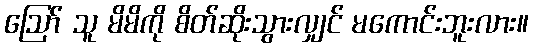
ဪ သူ မိမိကို စိတ်ဆိုးသွားလျှင် မကောင်းဘူးလား။